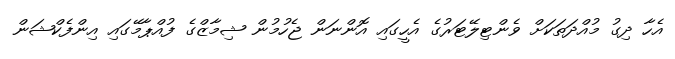
އެހާ ދިގު މުއްދަތަކަށް ވެންޓިލޭޓަރުގެ އެހީގައި އޮންނަން ޖެހުމުން ޝިމާޒްގެ ފުއްޕާމޭގައި އިންފެކްޝަން